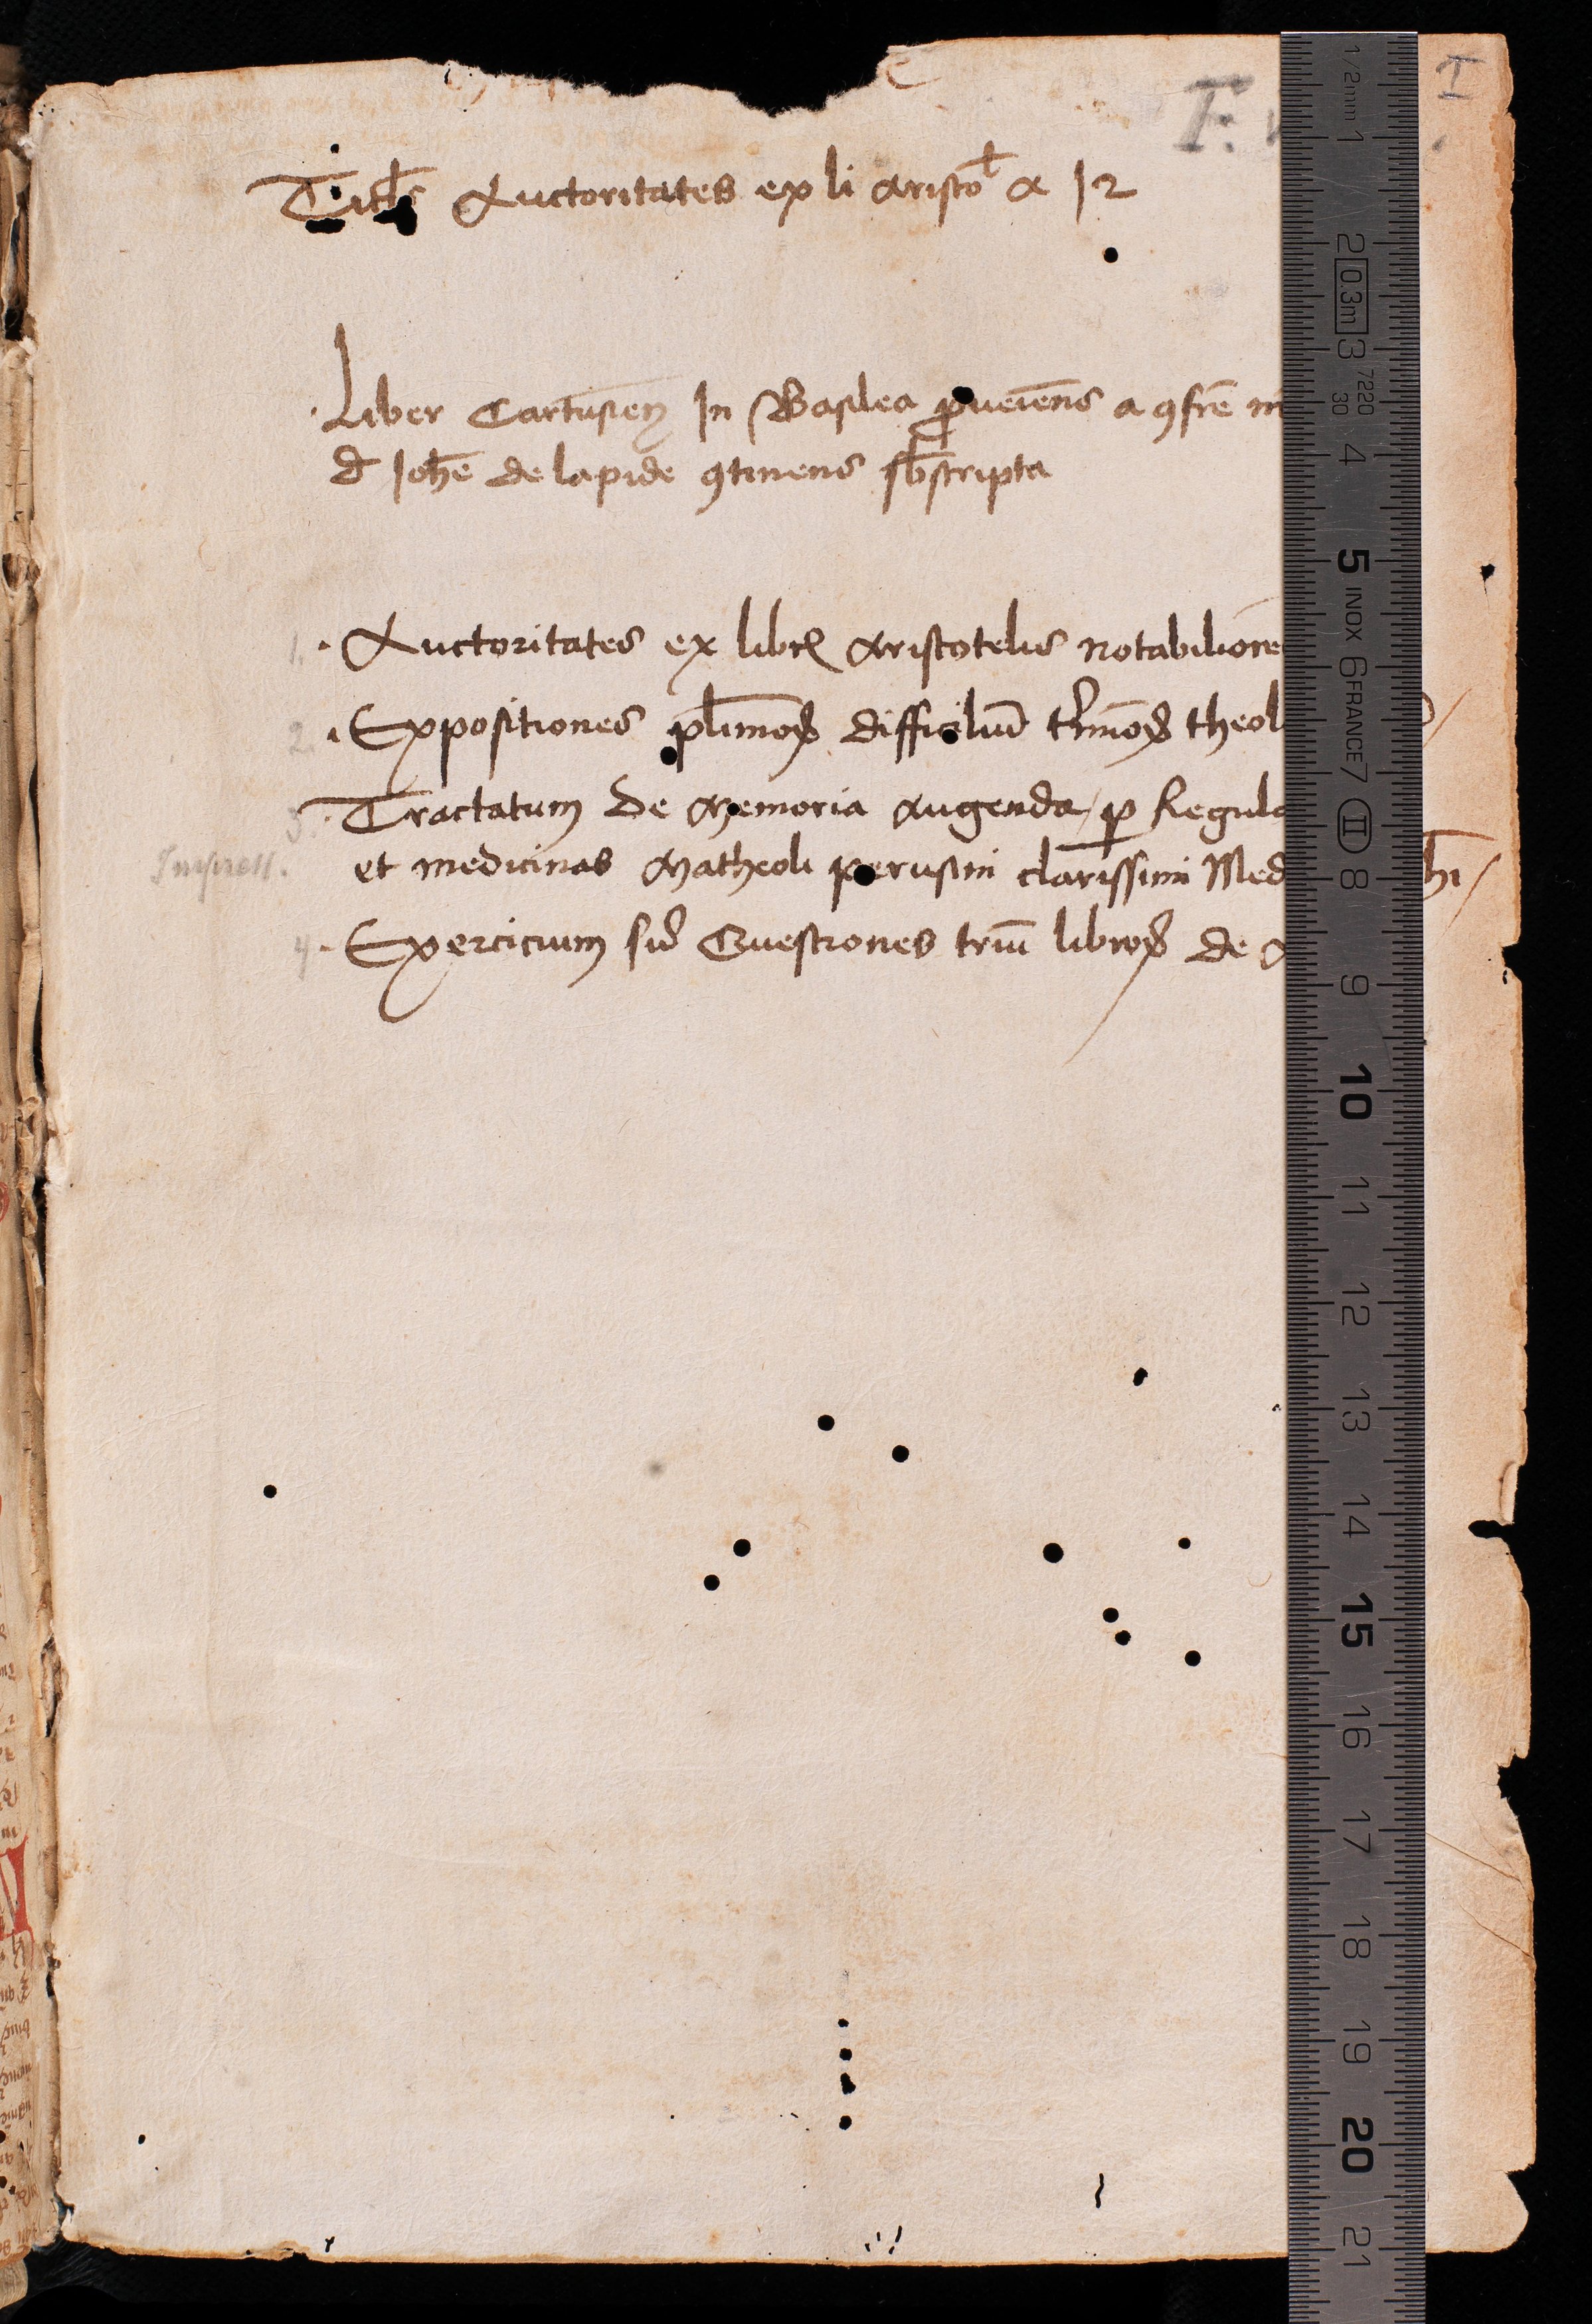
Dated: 1400–1499